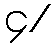
၄/